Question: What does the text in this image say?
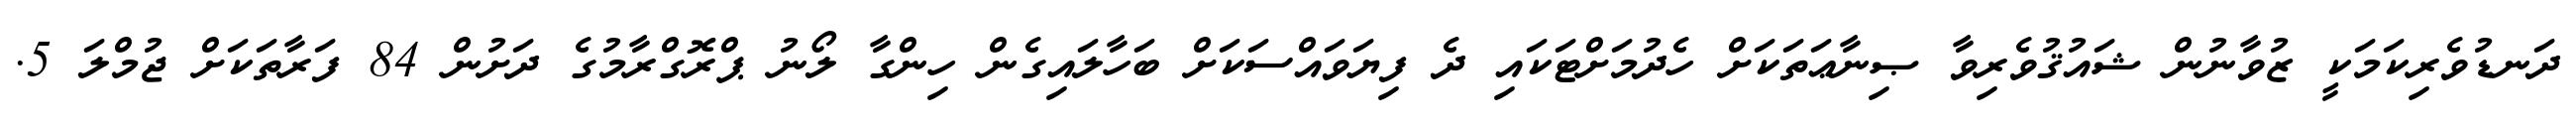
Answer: ދަނޑުވެރިކަމަކީ ޒުވާނުން ޝައުޤުވެރިވާ ޞިނާޢަތަކަށް ހެދުމަށްޓަކައި ދެ ފިޔަވައްސަކަށް ބަހާލައިގެން ހިންގާ ލޯނު ޕްރޮގްރާމުގެ ދަށުން 84 ފަރާތަކަށް ޖުމްލަ 5.